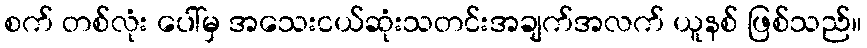
စက် တစ်လုံး ပေါ်မှ အသေးငယ်ဆုံးသတင်းအချက်အလက် ယူနစ် ဖြစ်သည်။